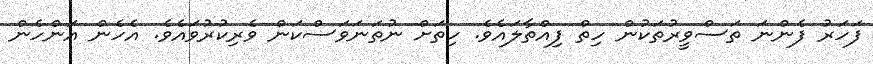
ފަހަރު ފެންނަ ތަސްވީރުތަކުން ހިތް ފިއްތާލައެވެ. ހިތަށް ނުތަނަވަސްކަން ވެރިކުރުވައެވެ. އެހެން އަންހެން